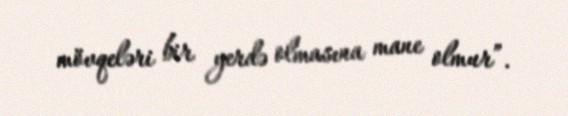
mövqeləri bir yerdə olmasına mane olmur”.